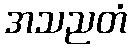
အသညတံ